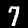
Digit: 7